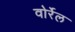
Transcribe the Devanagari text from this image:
वोर्रेल